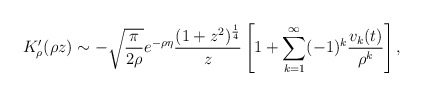
\begin{align*}K_{\rho}'(\rho z) \sim -\sqrt{\pi \over 2\rho}e^{-\rho \eta}{(1+z^{2})^{1\over 4}\over z}\left[1+\sum_{k=1}^{\infty}(-1)^{k}{v_{k}(t)\over \rho^{k}}\right] ,\end{align*}